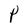
Character: P